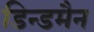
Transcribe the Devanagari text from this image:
डिन्डमैन